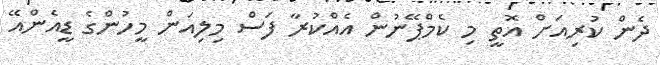
ދެން ކުރިއަށް އޮތީ މި ކެމްޕޭނުން އެއްކުރާ ފަސް މިލިއަން މީހުންގެ ޑީއެންއޭ